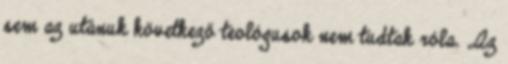
sem az utánuk következő teológusok nem tudtak róla. „Az